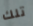
تلك